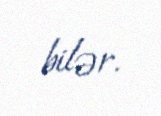
bilər.